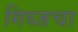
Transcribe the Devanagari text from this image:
गिब्जचा